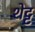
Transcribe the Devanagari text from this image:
शेट्ट